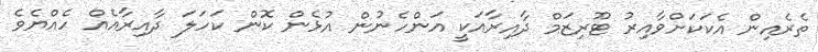
ތެރެއިން އެކަކަށްވާއިރު ޓޫރިޒަމް ދާއިރާއަކީ އަންހެނުން އުޅެން ކޮން ކަހަލަ ދާއިރާއެއް ހެއްޔެވެ